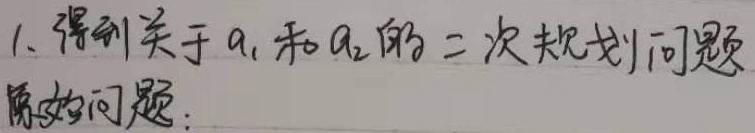
得到关于 \(a_1\) 和 \(a_2\) 的二次规划问题原始问题：